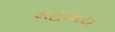
મહાશય